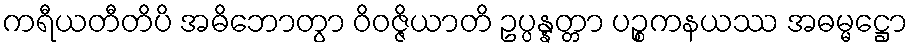
ကရီယတီတိပိ အဓိဘောတွာ ဝိဝဇ္ဇိယာတိ ဥပ္ပန္နတ္တာ ပဉ္စကနယဿ အဓမ္မဋ္ဌော